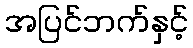
အပြင်ဘက်နှင့်